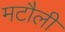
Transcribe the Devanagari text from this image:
मटौली